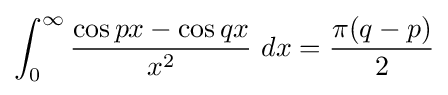
\int _{0}^{\infty }{\frac {\cos px-\cos qx}{x^{2}}}\ dx={\frac {\pi (q-p)}{2}}